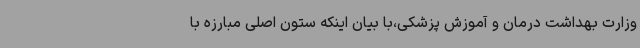
وزارت بهداشت درمان و آموزش پزشکی،با بیان اینکه ستون اصلی مبارزه با